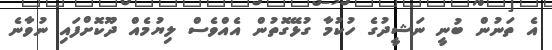
އެ ތަނުން ބުނީ ނަޝީދުގެ ހުކުމާ ގުޅޭގޮތުން އެއްވެސް ލިޔުމެއް ދޫކޮށްފައި ނުވާނެ